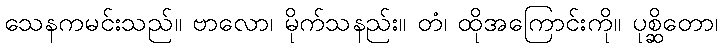
သေနကမင်းသည်။ ဗာလော၊ မိုက်သနည်း။ တံ၊ ထိုအကြောင်းကို။ ပုစ္ဆိတော၊